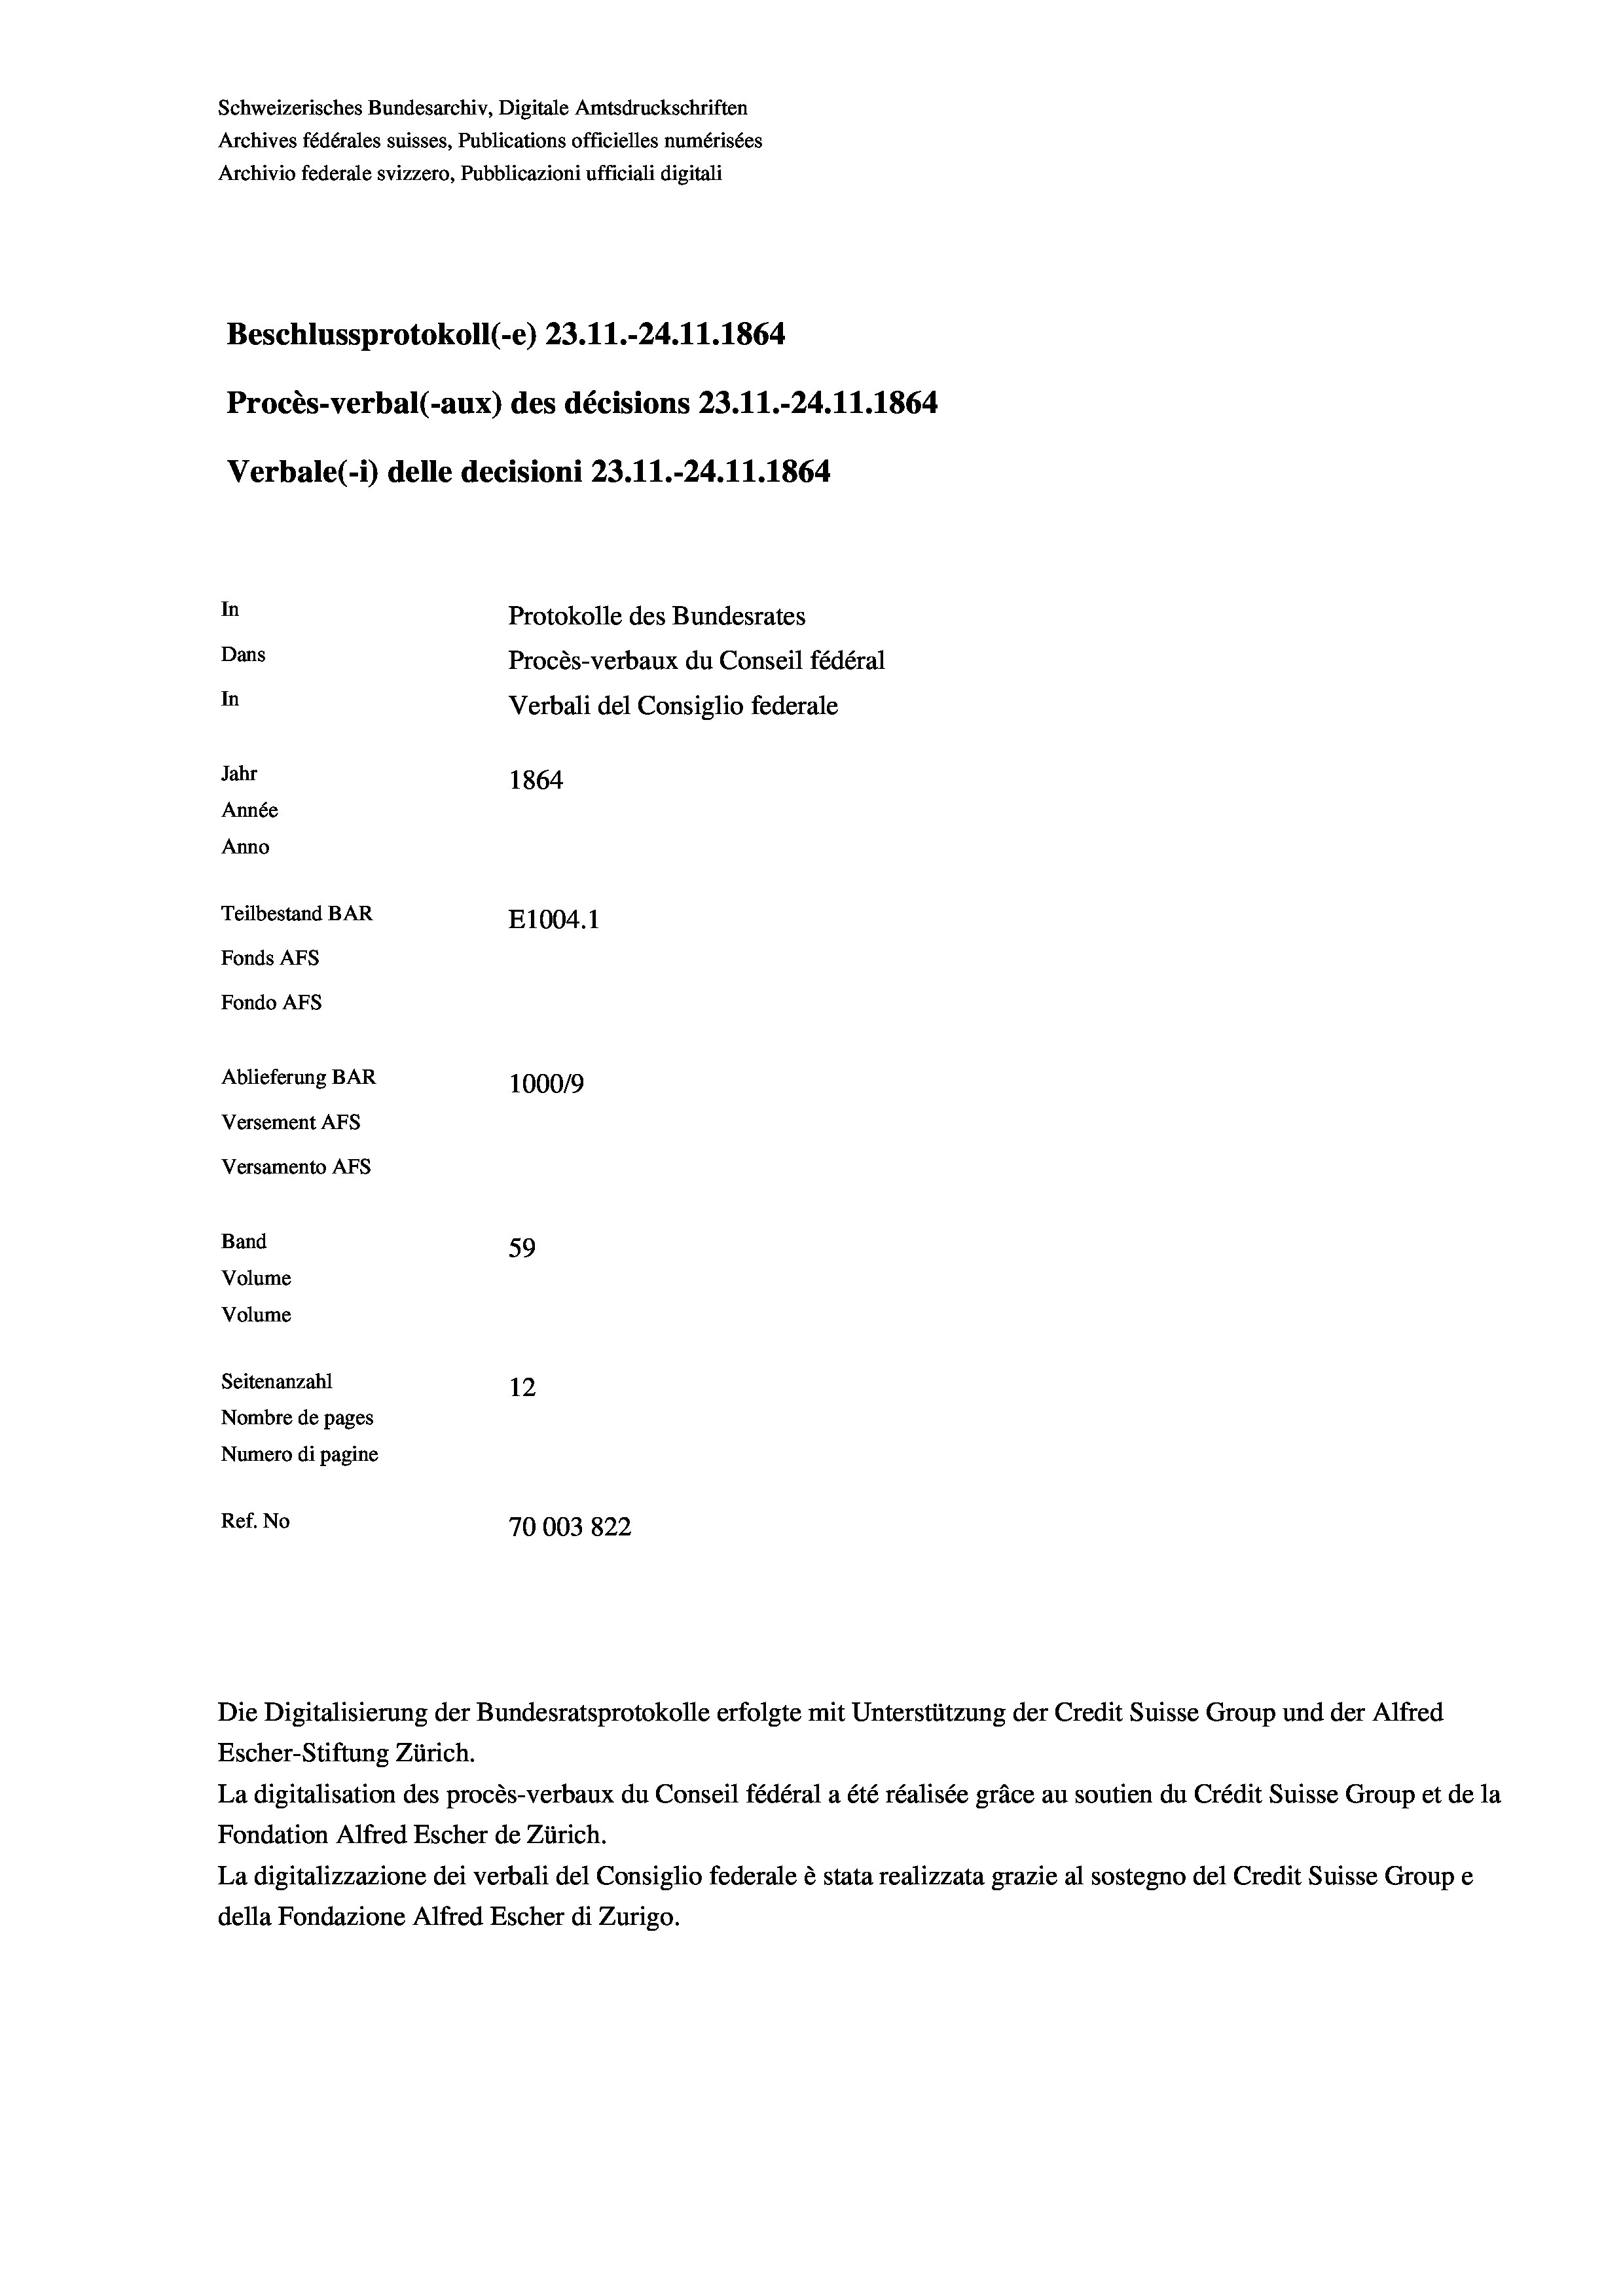
Beschlussprotokoll (-e) 23.11.-24.11.1864
Procès-verbal (-aux) des décisions 23.11.-24.11.1864
Verbale(-*) delle decisioni 23.11.-24.11.1864
In
Protokolle des Bundesrates
Dans
Procès-verbaux du Conseil fédéral
In
Verbali del Consiglio federale
Jahr
1864
Année
Anno
Teilbestand BAR
E1004.1
Fonds AFs
Fondo AFS
Ablieferung BAR
1000/9
Versement As
Versamento AFs

Band
Volume
Volume

Schweizerisches Bundesarchiv, Digitale Amtsdruckschriften
Archives fédérales suisses, Publications officielles numérisées
Archivio federale svizzero, Pubblicazioni ufficiali digitali

59
Seitenanzahl
12
Nombre de pages
Numero di pagine
Ref. No
70003822

Die Digitalisierung der Bundesratsprotokolle erfolgte mit Unterstützung der Credit Suisse Group und der Alfred
Escher-Stiftung Zürich.
La digitalisation des procès-verbaux du Conseil fédéral a été réalisée gräce au soutien du Crédit Suisse Group et de la
Fondation Alfred Escher de Zürich.
La digitalizzazione dei verbali del Consiglio federale è stata realizzata grazie al sostegno del Credit Suisse Groupe
della Fondazione Alfred Escher di Zurigo.